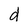
Character: d